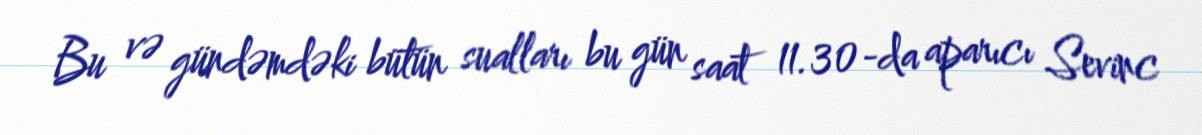
Bu və gündəmdəki bütün sualları bu gün saat 11.30-da aparıcı Sevinc